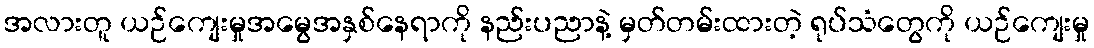
အလားတူ ယဉ်ကျေးမှုအမွေအနှစ်နေရာကို နည်းပညာနဲ့ မှတ်တမ်းထားတဲ့ ရုပ်သံတွေကို ယဉ်ကျေးမှု